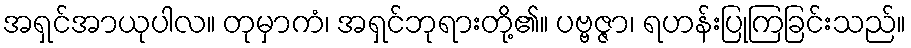
အရှင်အာယုပါလ။ တုမှာကံ၊ အရှင်ဘုရားတို့၏။ ပဗ္ဗဇ္ဇာ၊ ရဟန်းပြုကြခြင်းသည်။